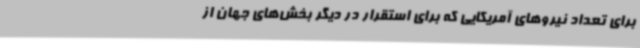
برای تعداد نیروهای آمریکایی که برای استقرار در دیگر بخش‌های جهان از